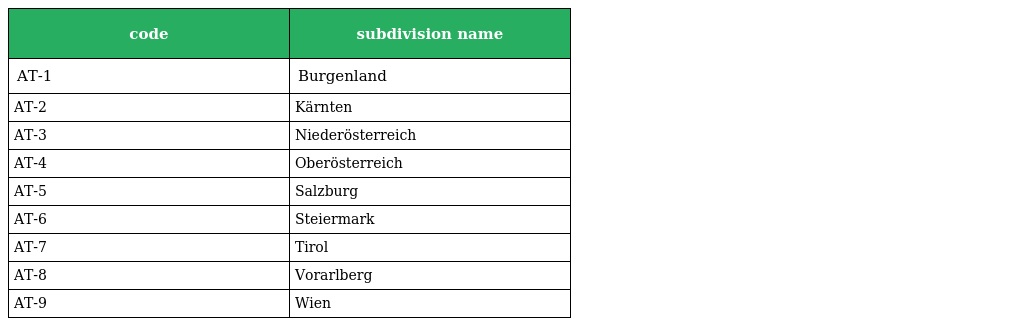
| code | subdivision name |
 | --- | --- |
 | AT-1 | Burgenland |
 | AT-2 | Kärnten |
 | AT-3 | Niederösterreich |
 | AT-4 | Oberösterreich |
 | AT-5 | Salzburg |
 | AT-6 | Steiermark |
 | AT-7 | Tirol |
 | AT-8 | Vorarlberg |
 | AT-9 | Wien |